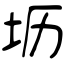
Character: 坜